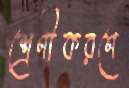
শ্রেণীকরণে